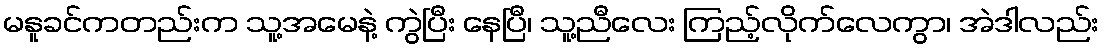
မနူခင်ကတည်းက သူ့အမေနဲ့ ကွဲပြီး နေပြီ၊ သူ့ညီလေး ကြည့်လိုက်လေကွာ၊ အဲဒါလည်း